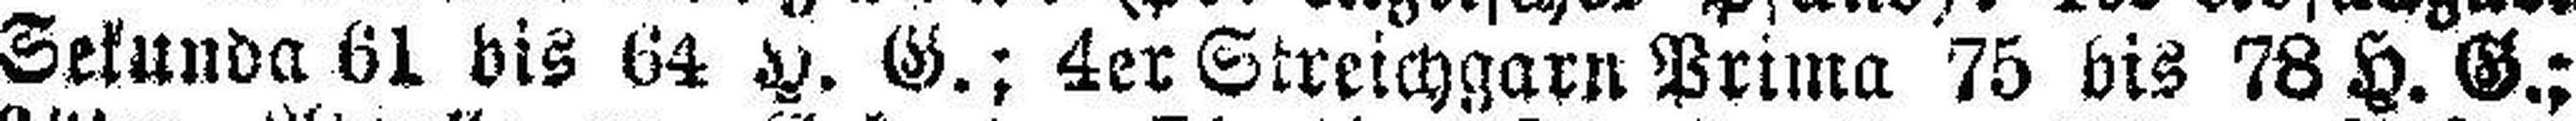
Sekunda 61 bis 64 H. G.; 4er Streichgarn Prima 75 bis 78 H. G.;